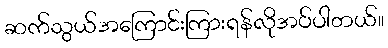
ဆက်သွယ်အကြောင်းကြားရန်လိုအပ်ပါတယ်။